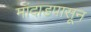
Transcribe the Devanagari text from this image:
मांदाडपासून